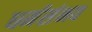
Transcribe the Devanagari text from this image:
धर्मसंभव